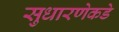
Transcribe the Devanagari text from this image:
सुधारणेकडे